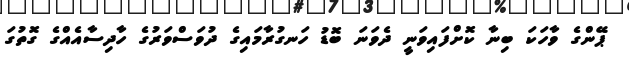
ޕޭންގެ ވާހަކަ ބިނާ ކޮށްފައިވަނީ ދެވަނަ ބޮޑު ހަނގުރާމައިގެ ދުވަސްވަރުގެ ހާދިސާއެއްގެ ގޮތުގަ